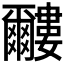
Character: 𱭌